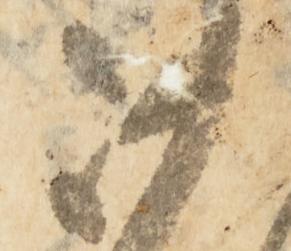
沙